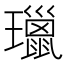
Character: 㼃